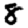
Digit: 8